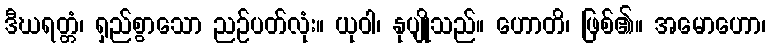
ဒီဃရတ္တံ၊ ရှည်စွာသော ညဉ်ပတ်လုံး။ ယုဝါ၊ နုပျိုသည်။ ဟောတိ၊ ဖြစ်၏။ အမောဟော၊